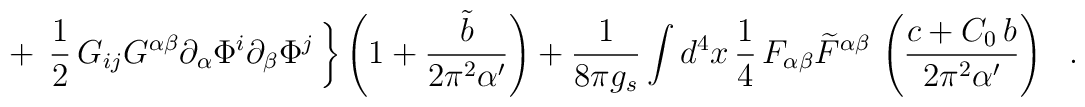
+\,\left.\frac{1}{2} \,G_{ij} G^{\alpha \beta} \partial_{\alpha} \Phi^i \partial_{\beta} \Phi^j \,\right\}\left( 1 + \frac{{\tilde{b}}}{2 \pi^2 \alpha '}\right)+ \frac{1}{8\pi g_s} \int d^4 x\, \frac{1}{4}\,F_{\alpha \beta} {\widetilde{F}}^{\alpha \beta}\,\left(\frac{c + C_0\,b }{2 \pi^2 \alpha'} \right)~~.